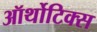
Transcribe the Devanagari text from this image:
ऑर्थोटिक्स